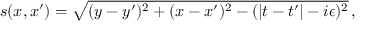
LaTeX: s ( x , x ^ { \prime } ) = \sqrt { ( y - y ^ { \prime } ) ^ { 2 } + ( x - x ^ { \prime } ) ^ { 2 } - ( | t - t ^ { \prime } | - i \epsilon ) ^ { 2 } } \, ,